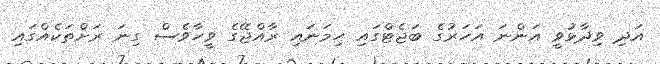
އަދި ވިދާޅުވީ އަންނަ އަހަރުގެ ބަޖެޓްގައި ހިމަނައި ރާއްޖޭގެ ވީހާވެސް ގިނަ ރަށްތަކެއްގައި